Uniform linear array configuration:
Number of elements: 16
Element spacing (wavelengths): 0.5
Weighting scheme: kaiser
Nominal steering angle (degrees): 30
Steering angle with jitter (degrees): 28.175
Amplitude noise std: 0.05
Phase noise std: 0.05

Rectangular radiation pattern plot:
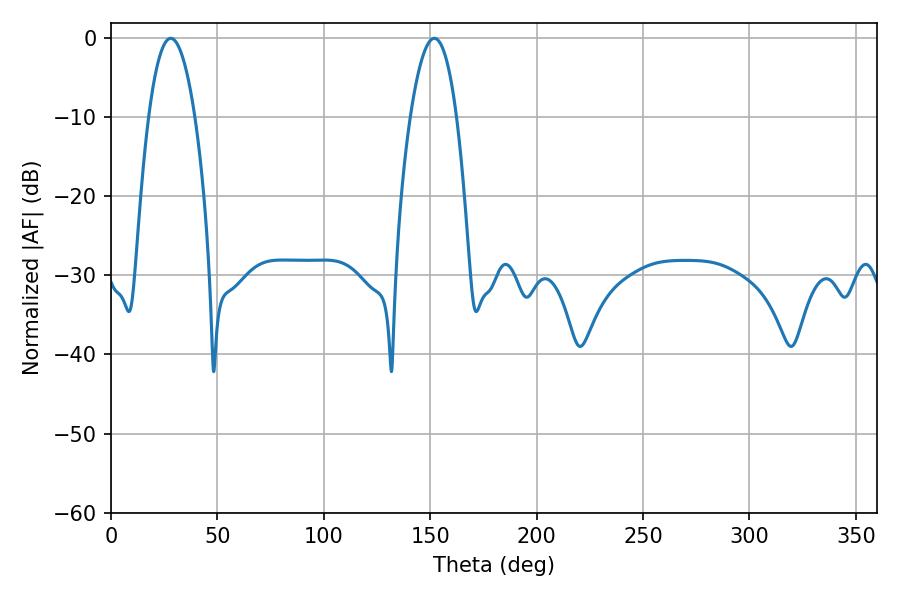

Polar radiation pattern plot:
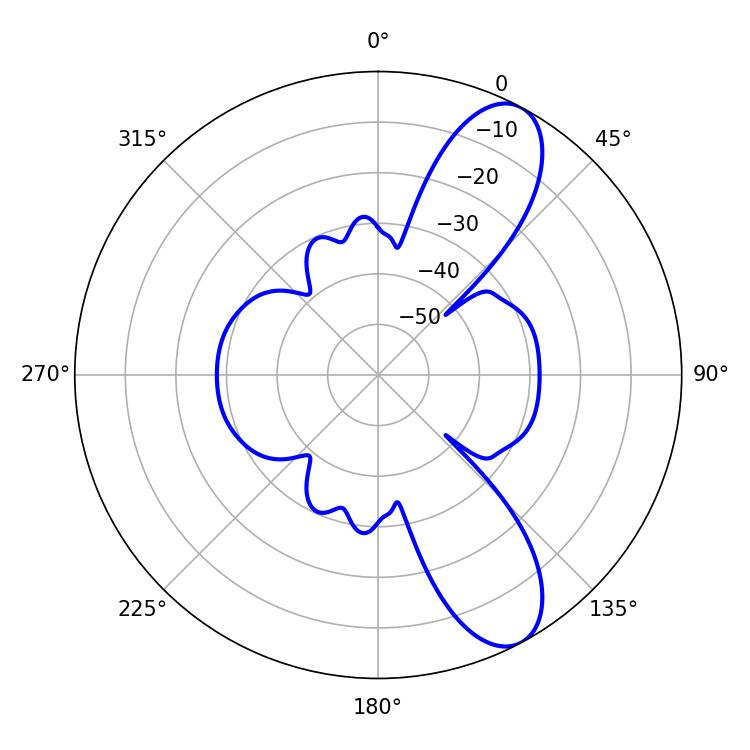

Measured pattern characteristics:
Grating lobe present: FALSE
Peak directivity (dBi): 9.749
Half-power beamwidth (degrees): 12.06
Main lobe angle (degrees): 28.08